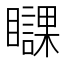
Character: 𥌥